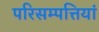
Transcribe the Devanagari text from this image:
परिसम्‍पत्तियां